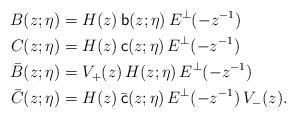
LaTeX: \begin{align*}B(z;\eta) & = H(z) \, \mathsf b(z;\eta) \, E^{\perp}(-z^{-1}) \\ C(z;\eta) & = H(z) \, \mathsf c(z;\eta) \, E^{\perp}(-z^{-1}) \\ \bar{B}(z;\eta) & = V_+(z) \, H(z;\eta) \, E^{\perp}(-z^{-1}) \\ \bar{C}(z;\eta) & = H(z) \, \bar{\mathsf c}(z;\eta) \, E^{\perp}(-z^{-1}) \, V_-(z) . \end{align*}